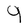
Character: q